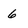
Character: 6